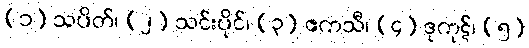
(၁) သပိတ်၊ (၂) သင်းပိုင်၊ (၃) ဧကသီ၊ (၄) ဒုကုဋ်၊ (၅)